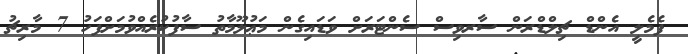
ފެމެލީ އެންޑް ޗިލްޑްރަން ސާރވިސް ސެންޓަރަށް ވަޑައިގެން މަޢުލޫމާތު ސާފުކުރެއްވުމަށްފަހު 7 މާރިޗު